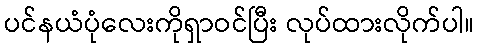
ပင်နယံပုံလေးကိုရှာဝင်ပြီး လုပ်ထားလိုက်ပါ။